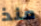
منذ